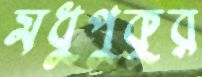
মধুপুকুর